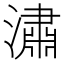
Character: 潚